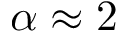
\alpha \approx 2